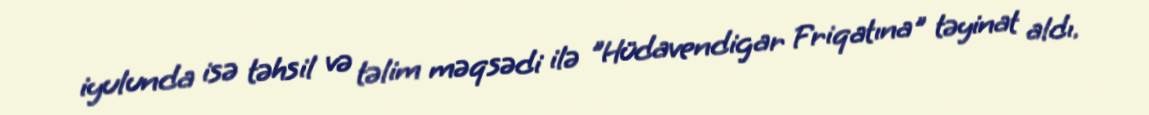
iyulunda isə təhsil və təlim məqsədi ilə "Hüdavendigar Friqatına" təyinat aldı.